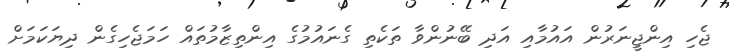
ޖެހި އިންޖީނަރުން އައުމާއި އަދި ބޭނުންވާ ތަކެތި ގެނައުމުގެ އިންތިޒާމުތައް ހަމަޖެހިގެން ދިޔަކަމަށް